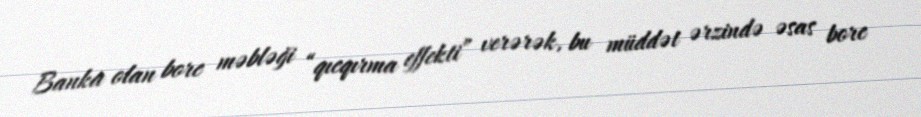
Banka olan borc məbləği “qıcqırma effekti” verərək, bu müddət ərzində əsas borc